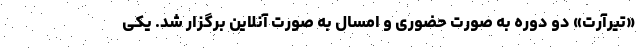
«تیرآرت» دو دوره به صورت حضوری و امسال به صورت آنلاین برگزار شد. یکی